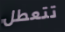
تتعطل